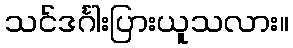
သင်ဒင်္ဂါးပြားယူသလား။